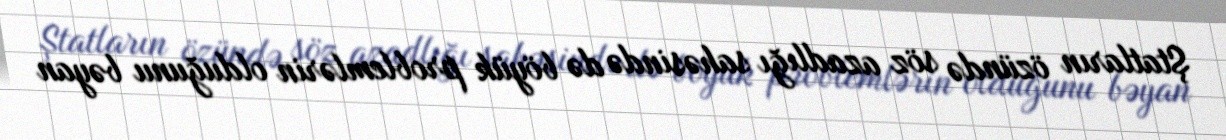
Ştatların özündə söz azadlığı sahəsində də böyük problemlərin olduğunu bəyan